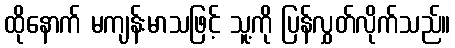
ထိုနောက် မကျန်းမာသဖြင့် သူ့ကို ပြန်လွှတ်လိုက်သည်။